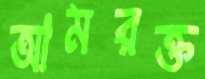
আমরক্ত